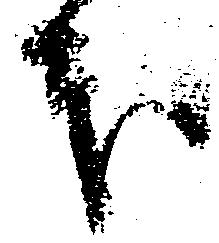
本